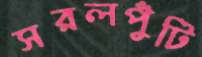
সরলপুঁটি